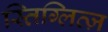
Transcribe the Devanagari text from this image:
स्तिग्लित्ज़